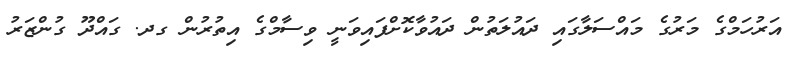
އަރުހަމްގެ މަރުގެ މައްސަލާގައި ދައުލަތުން ދައުވާކޮށްފައިވަނީ ވިސާމްގެ އިތުރުން ގދ. ގައްދޫ ގުންޒަރު